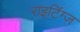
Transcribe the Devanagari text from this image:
राइटिंग्ज़